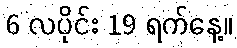
6 လပိုင်း 19 ရက်နေ့။